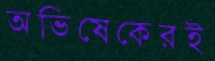
অভিষেকেরই